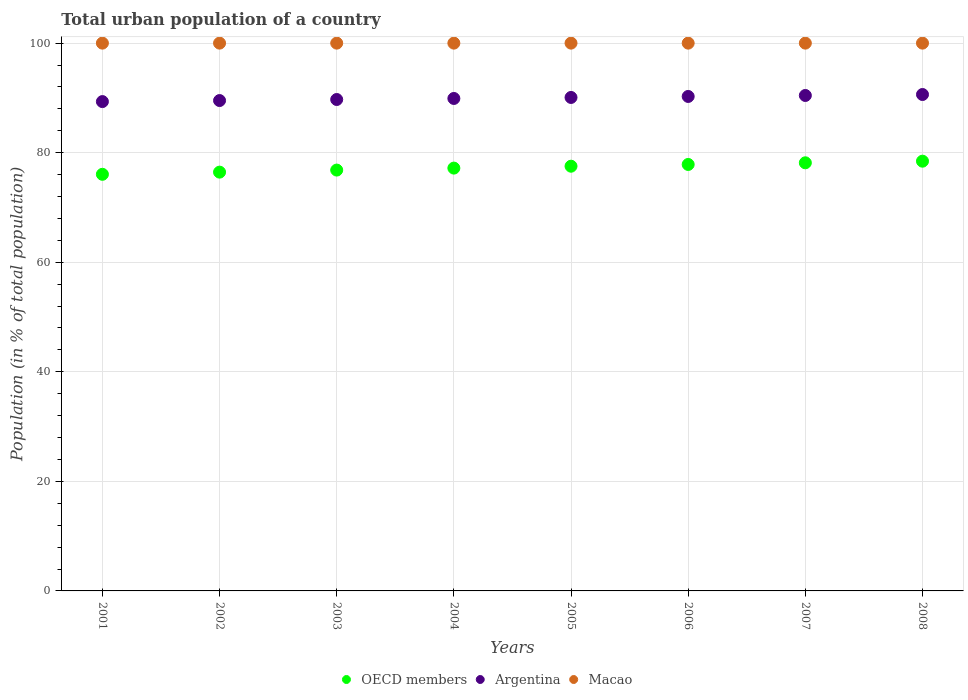
| Years | OECD members | Argentina | Macao |
 | --- | --- | --- | --- |
 | 2001 | 76.1 | 89.3 | 100 |
 | 2002 | 76.4 | 89.5 | 100 |
 | 2003 | 76.8 | 89.7 | 100 |
 | 2004 | 77.2 | 89.9 | 100 |
 | 2005 | 77.5 | 90.1 | 100 |
 | 2006 | 77.9 | 90.3 | 100 |
 | 2007 | 78.2 | 90.4 | 100 |
 | 2008 | 78.5 | 90.6 | 100 |